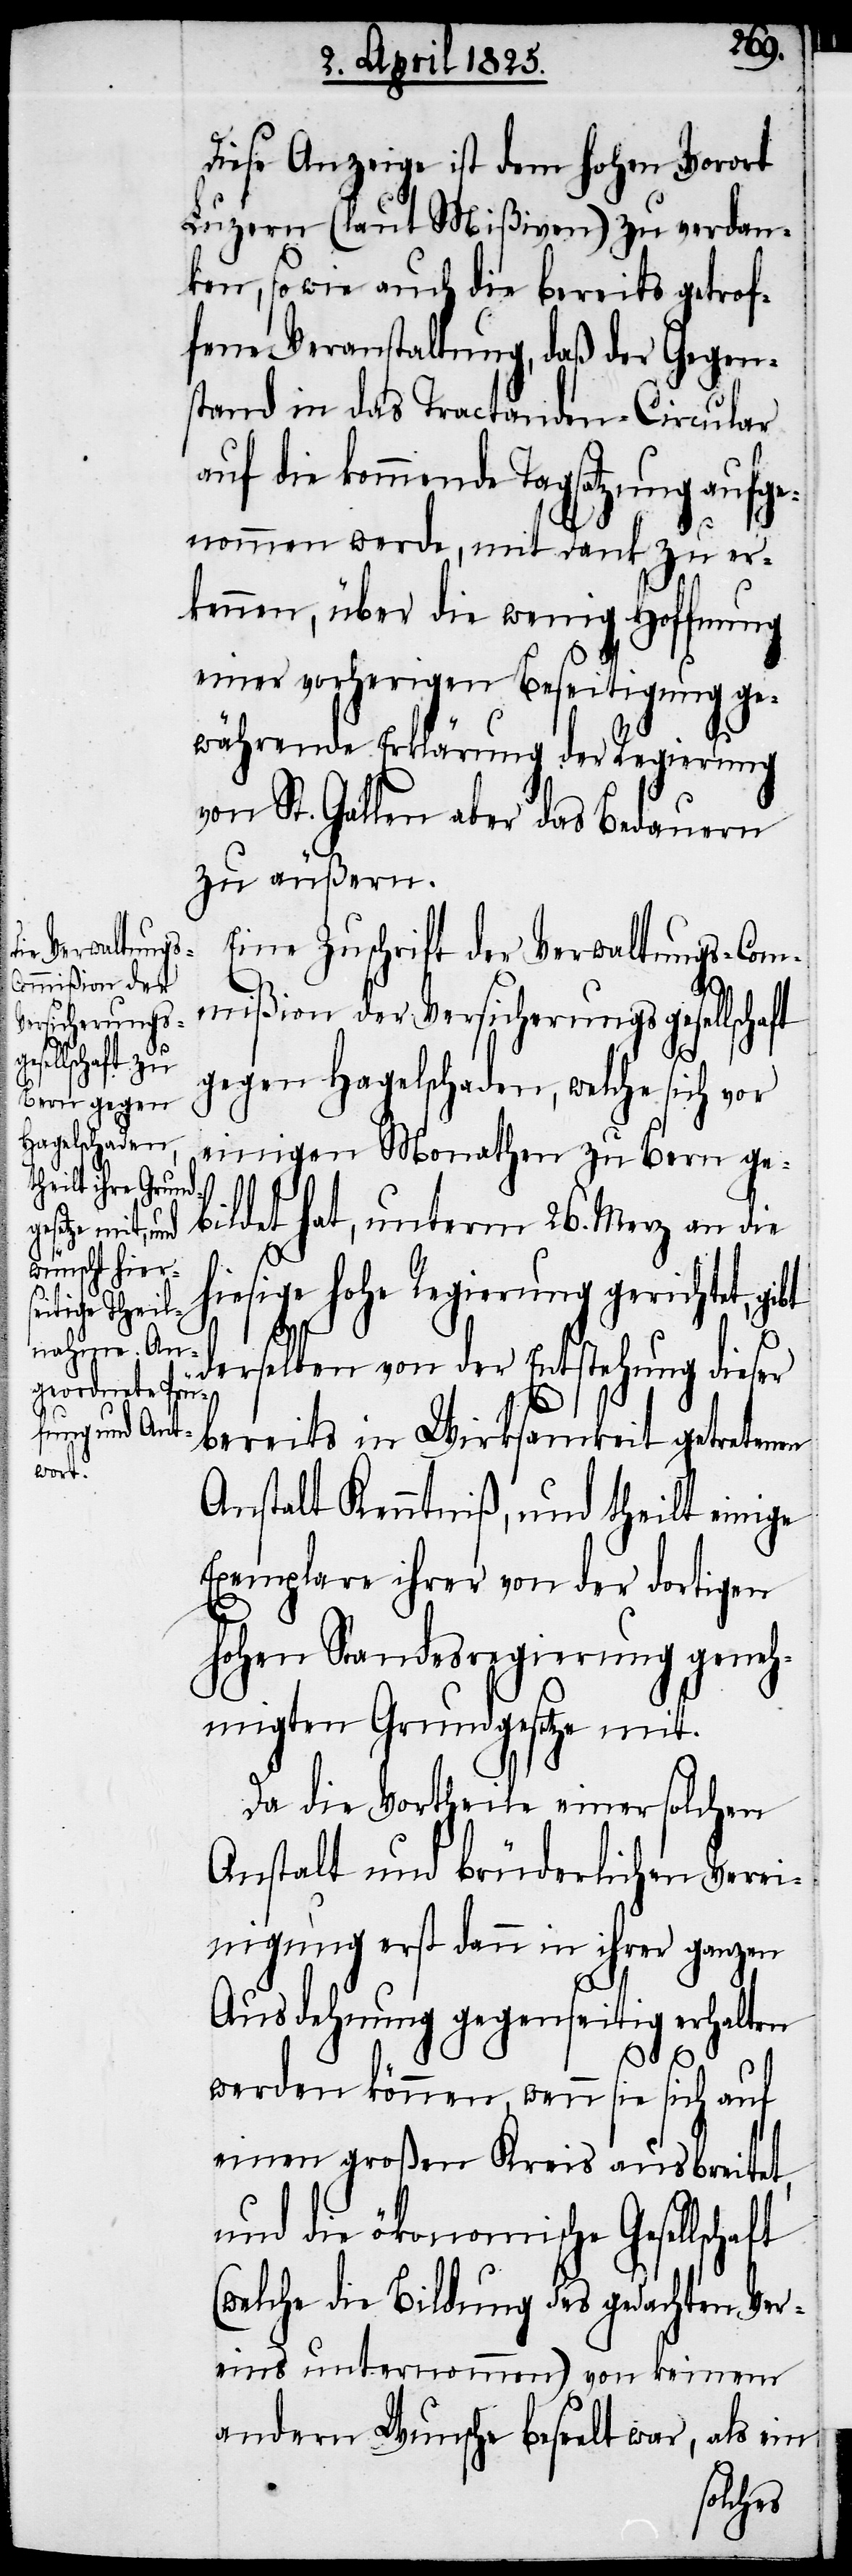
Diese Anzeige ist dem hohen Vorort
Luzern (laut Mißiven) zu verdan¬
ken, sowie auch die bereits getrof¬
fene Veranstaltung, daß der Gegens¬
tand in das Tractanden-Circular
auf die kommende Tagsatzung aufge¬
nommen werde, mit Dank zu er¬
kennen, über die wenig Hoffnung
einer vorherigen Beseitigung ge¬
währende Erklärung der Regierung
von St. Gallen aber das Bedauern
zu äußern.
Eine Zuschrift der Verwaltungs-Com¬
mißion der Versicherungsgesellschaft
lschaft (w¬
gegen Hagelschaden, welche sich vor
einigen Monathen zu Bern ge¬
bildet hat, unterm 26. Merz an die
hiesige hohe Regierung gerichtet, gibt
derselben von der Entstehung dieser
bereits in Wirksamkeit getretenen
Anstalt Kenntniß, und theilt einige
Exemplare ihrer von der dortigen
hohen Standesregierung geneh¬
migten Grundgesetze mit.
Da die Vortheile einer solchen
Anstalt und brüderlichen Verei¬
nigung erst dann in ihrer ganzen
Ausdehnung gegenseitig erhalten
werden können, wenn sie sich auf
einen großen Kreis ausbreitet,
und die ökonomische Gesel¬
elche die Bildung des gedachten Ver¬
eins unternommen) von keinem
andern Wunsche beseelt war, als ein